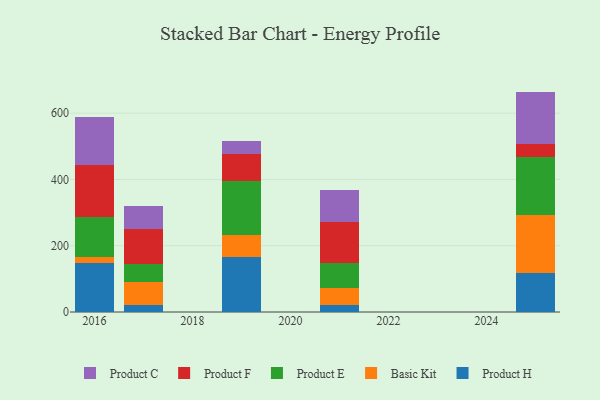
{"axis": {"x": "Year", "y": "LTV (USD)"}, "legend": ["Basic Kit", "Product C", "Product E", "Product F", "Product H"], "data": [{"x": "2016", "y": 146.6, "type": "Product H"}, {"x": "2016", "y": 19.8, "type": "Basic Kit"}, {"x": "2016", "y": 118.8, "type": "Product E"}, {"x": "2016", "y": 159.9, "type": "Product F"}, {"x": "2016", "y": 144.4, "type": "Product C"}, {"x": "2019", "y": 166.2, "type": "Product H"}, {"x": "2019", "y": 65.0, "type": "Basic Kit"}, {"x": "2019", "y": 165.5, "type": "Product E"}, {"x": "2019", "y": 80.1, "type": "Product F"}, {"x": "2019", "y": 39.6, "type": "Product C"}, {"x": "2017", "y": 20.9, "type": "Product H"}, {"x": "2017", "y": 68.3, "type": "Basic Kit"}, {"x": "2017", "y": 54.6, "type": "Product E"}, {"x": "2017", "y": 106.8, "type": "Product F"}, {"x": "2017", "y": 70.7, "type": "Product C"}, {"x": "2021", "y": 21.3, "type": "Product H"}, {"x": "2021", "y": 52.5, "type": "Basic Kit"}, {"x": "2021", "y": 73.8, "type": "Product E"}, {"x": "2021", "y": 125.1, "type": "Product F"}, {"x": "2021", "y": 95.0, "type": "Product C"}, {"x": "2025", "y": 118.6, "type": "Product H"}, {"x": "2025", "y": 175.3, "type": "Basic Kit"}, {"x": "2025", "y": 173.4, "type": "Product E"}, {"x": "2025", "y": 38.9, "type": "Product F"}, {"x": "2025", "y": 158.9, "type": "Product C"}]}